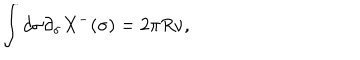
\int d \sigma \partial _ { \sigma } X ^ { - } ( \sigma ) = 2 \pi R \nu ,